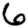
Digit: 6